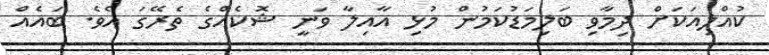
ކުއްލިއަކަށް ދިމާވި ބަލިމަޑުކަމުން މުޅި އާއިލާ ވަނީ ޝޮކެއްގެ ތެރޭގަ އެވެ. ބައެއް